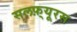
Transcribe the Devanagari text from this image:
सलफ़्यूरस